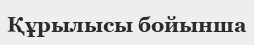
Құрылысы бойынша